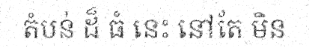
តំបន់ ដ៏ ធំ នេះ នៅតែ មិន